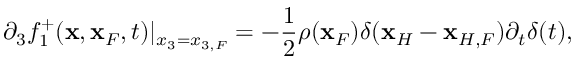
\partial _ { 3 } f _ { 1 } ^ { + } ( { \bf x } , { \bf x } _ { F } , t ) | _ { x _ { 3 } = x _ { 3 , F } } = - \frac { 1 } { 2 } \rho ( { \bf x } _ { F } ) \delta ( { \bf x } _ { H } - { \bf x } _ { H , F } ) { \partial _ { t } } \delta ( t ) ,